Vaccination in Burma 1920-1933 - 1920-1933
Year: 1920
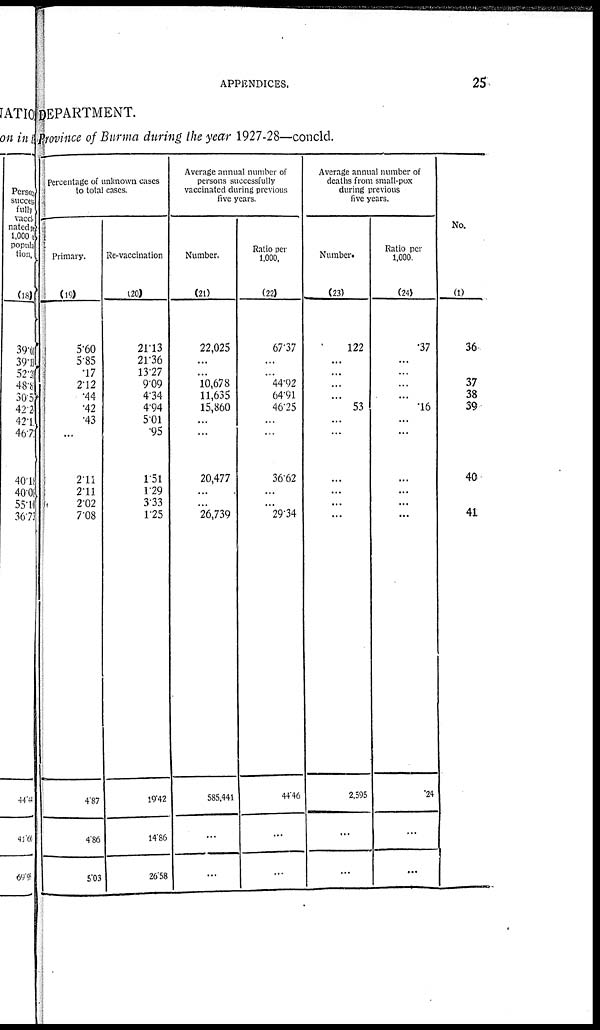
APPENDICES.
25
DEPARTMENT.
Province of Burma during the year 1927-28—concld.
Percentage of unknown cases
to total cases.
Primary.
(19)
5.60
5.85
.17
2.12
.44
.42
.43
...
2.11
2.11
2.02
7.08
4.87
4.86
5.03
Re-vaccination
(20)
21.13
21.36
13.27
9.09
4.34
4.94
5.01
.95
1.51
1.29
3.33
1.25
19.42
14.86
26.58
Average annual number of
persons successfully
vaccinated during previous
five years.
Number.
(21)
22,025
...
...
10,678
11,635
15,860
...
...
20,477
...
...
26,739
585,441
...
...
Ratio per
1,000,
(22)
67.37
...
...
44.92
64.91
46.25
...
...
36.62
...
...
29.34
44.46
...
...
Average annual number of
deaths from small-pox
during previous
five years.
Number.
(23)
122
...
...
...
...
53
...
...
...
...
...
...
2,595
...
...
Ratio per
1,000
(24)
.37
...
...
...
...
.16
...
...
...
...
...
...
.24
...
...
No.
(1)
36
37
38
39
40
41